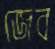
জেব